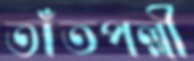
তাঁতপল্লী